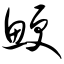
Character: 鲠